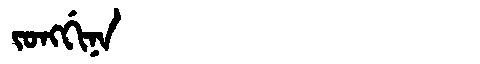
Manchu: ᠵᠣᠩᡤᡳᠨᠠ
Romanization: JONGGINA